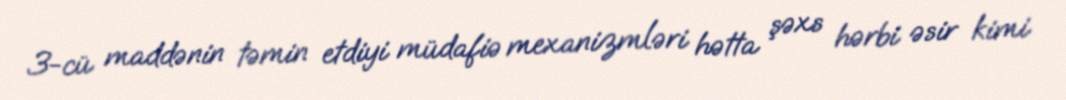
3-cü maddənin təmin etdiyi müdafiə mexanizmləri hətta şəxs hərbi əsir kimi